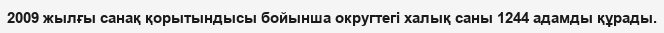
2009 жылғы санақ қорытындысы бойынша округтегі халық саны 1244 адамды құрады.